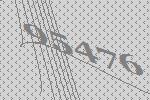
95476